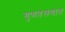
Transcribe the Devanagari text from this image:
गुणतक्त्यात